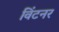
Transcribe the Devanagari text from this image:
विंटनर